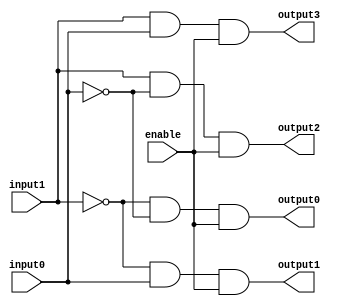
module decoder2to4withEnable(enable, input0, input1, output0, output1, output2, output3);
  input enable, input0, input1;
  output output0, output1, output2, output3;

  wire input0_not, input1_not, wire0, wire1, wire2, wire3;
  not
    not0(input0_not, input0),
    not1(input1_not, input1);
  and
    and0(wire0, input1_not, input0_not),
    and1(wire1, input1_not, input0),
    and2(wire2, input1, input0_not),
    and3(wire3, input1, input0),
    enable0(output0, wire0, enable),
    enable1(output1, wire1, enable),
    enable2(output2, wire2, enable),
    enable3(output3, wire3, enable);
endmodule